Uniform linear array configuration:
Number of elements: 16
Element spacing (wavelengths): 0.75
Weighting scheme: hamming
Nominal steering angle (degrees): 60
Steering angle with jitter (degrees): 61.855
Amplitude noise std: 0.05
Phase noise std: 0.05

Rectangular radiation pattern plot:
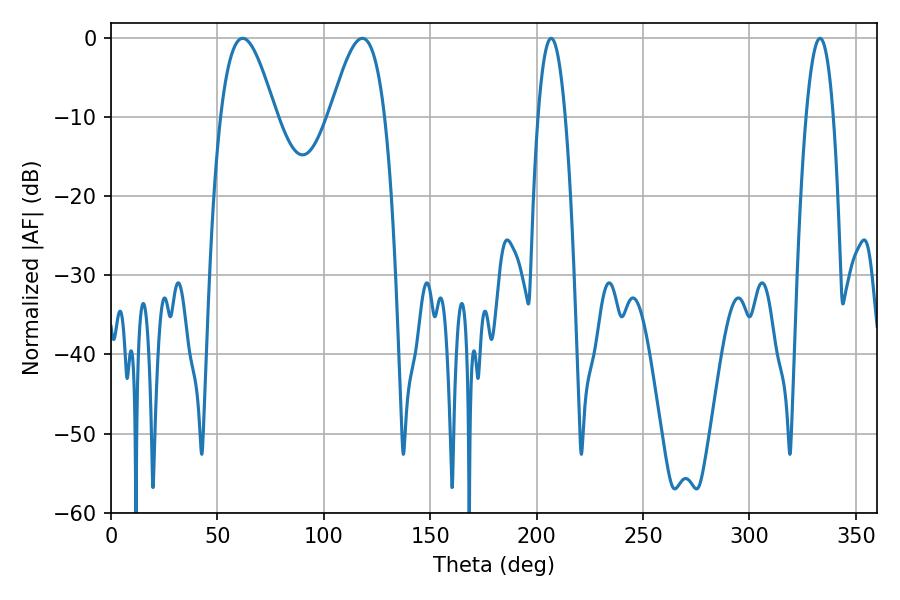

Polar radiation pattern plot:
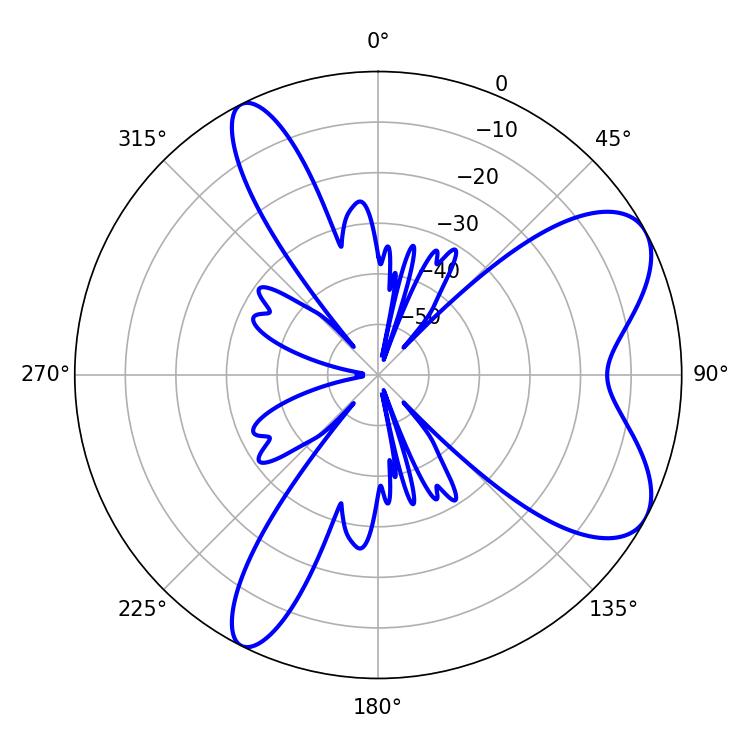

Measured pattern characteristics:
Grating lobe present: TRUE
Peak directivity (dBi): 7.384
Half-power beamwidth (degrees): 7.02
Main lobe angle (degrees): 206.82